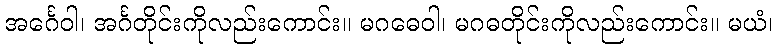
အင်္ဂေဝါ၊ အင်္ဂတိုင်းကိုလည်းကောင်း။ မဂဓေဝါ၊ မဂဓတိုင်းကိုလည်းကောင်း။ မယံ၊